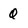
Character: 0